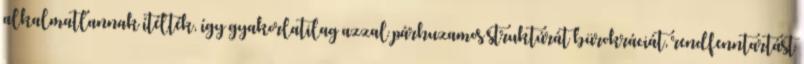
alkalmatlannak ítélték, így gyakorlatilag azzal párhuzamos struktúrát bürokráciát, rendfenntartást